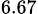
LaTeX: _{6.67}